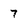
Character: 7